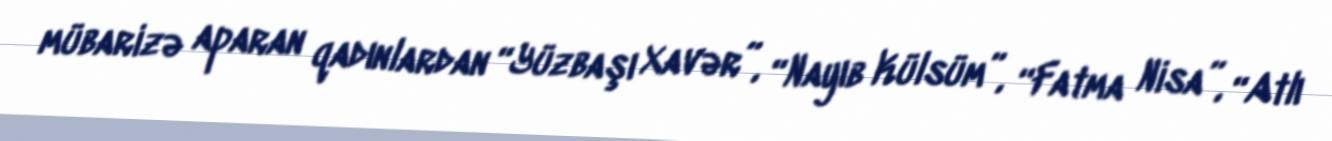
mübarizə aparan qadınlardan “Yüzbaşı Xavər”, “Nayıb Külsüm”, “Fatma Nisa”, “Atlı